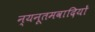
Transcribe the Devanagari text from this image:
न्यनूतमवादियों